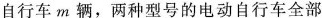
自行车m辆，两种型号的电动自行车全部